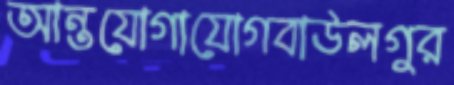
আন্তযোগাযোগবাউলগুর